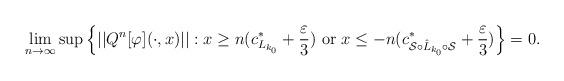
LaTeX: \begin{align*}\lim\limits_{n\rightarrow \infty}\sup\left\{||Q^n[\varphi](\cdot,x)||:x\geq n(c^*_{L_{k_0}}+\frac{\varepsilon}{3}) \mbox{ or } x\leq -n(c^*_{\mathcal{S}\circ\hat{L}_{k_0}\circ \mathcal{S}}+\frac{\varepsilon}{3})\right \}=0.\end{align*}